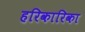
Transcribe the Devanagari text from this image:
हरिकारिका